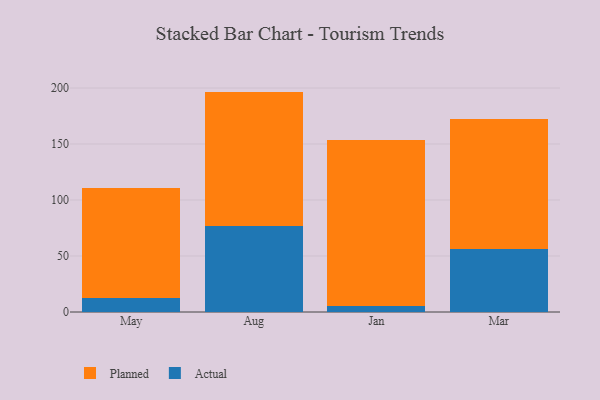
{"axis": {"x": "Month", "y": "Demand Index"}, "legend": ["Actual", "Planned"], "data": [{"x": "May", "y": 12.9, "type": "Actual"}, {"x": "May", "y": 97.8, "type": "Planned"}, {"x": "Aug", "y": 76.9, "type": "Actual"}, {"x": "Aug", "y": 119.9, "type": "Planned"}, {"x": "Jan", "y": 5.5, "type": "Actual"}, {"x": "Jan", "y": 147.7, "type": "Planned"}, {"x": "Mar", "y": 56.1, "type": "Actual"}, {"x": "Mar", "y": 116.6, "type": "Planned"}]}